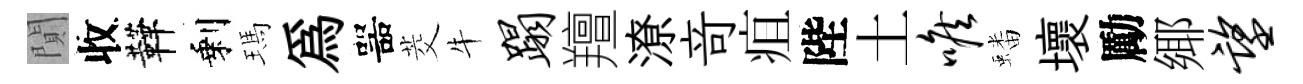
閴收鞾剩瑪爲噐茭牛蹋羶潦竒疽陛土喉蟠壞勵鄊望